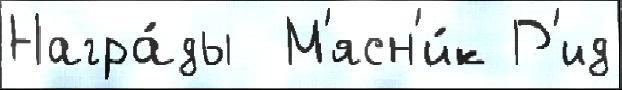
Награ́ды  М'ясн'и́к Р'ид